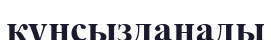
құнсызданады